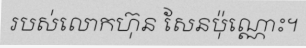
របស់លោកហ៊ុន សែនប៉ុណ្ណោះ។